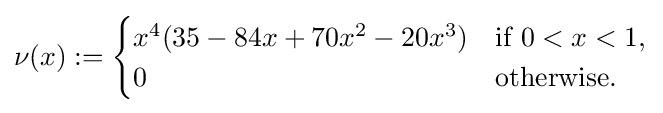
\nu (x):={\begin{cases}x^{4}(35-84x+70x^{2}-20x^{3})&{\text{if }}0<x<1,\\0&{\text{otherwise}}.\end{cases}}